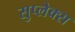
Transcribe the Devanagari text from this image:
सुप्लेक्स